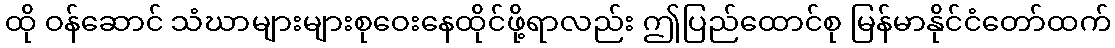
ထို ဝန်ဆောင် သံဃာများများစုဝေးနေထိုင်ဖို့ရာလည်း ဤပြည်ထောင်စု မြန်မာနိုင်ငံတော်ထက်